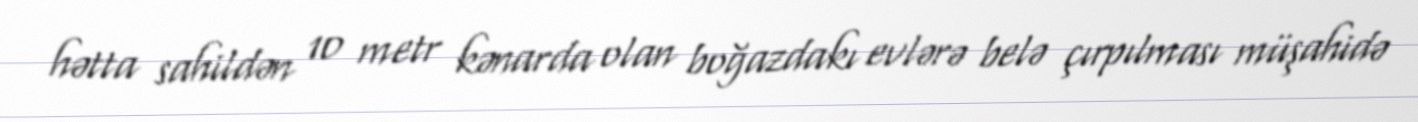
hətta sahildən 10 metr kənarda olan boğazdakı evlərə belə çırpılması müşahidə